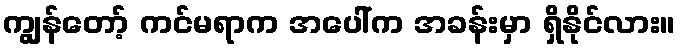
ကျွန်တော့် ကင်မရာက အပေါ်က အခန်းမှာ ရှိနိုင်လား။